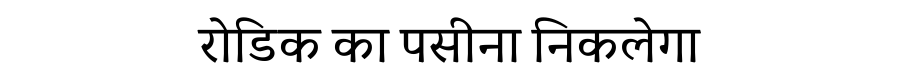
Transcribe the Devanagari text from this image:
रोडिक का पसीना निकलेगा